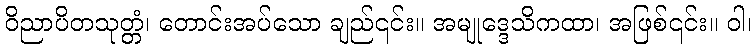
ဝိညာပိတသုတ္တံ၊ တောင်းအပ်သော ချည်၎င်း။ အမျုဒ္ဒေသိကထာ၊ အဖြစ်၎င်း။ ဝါ၊